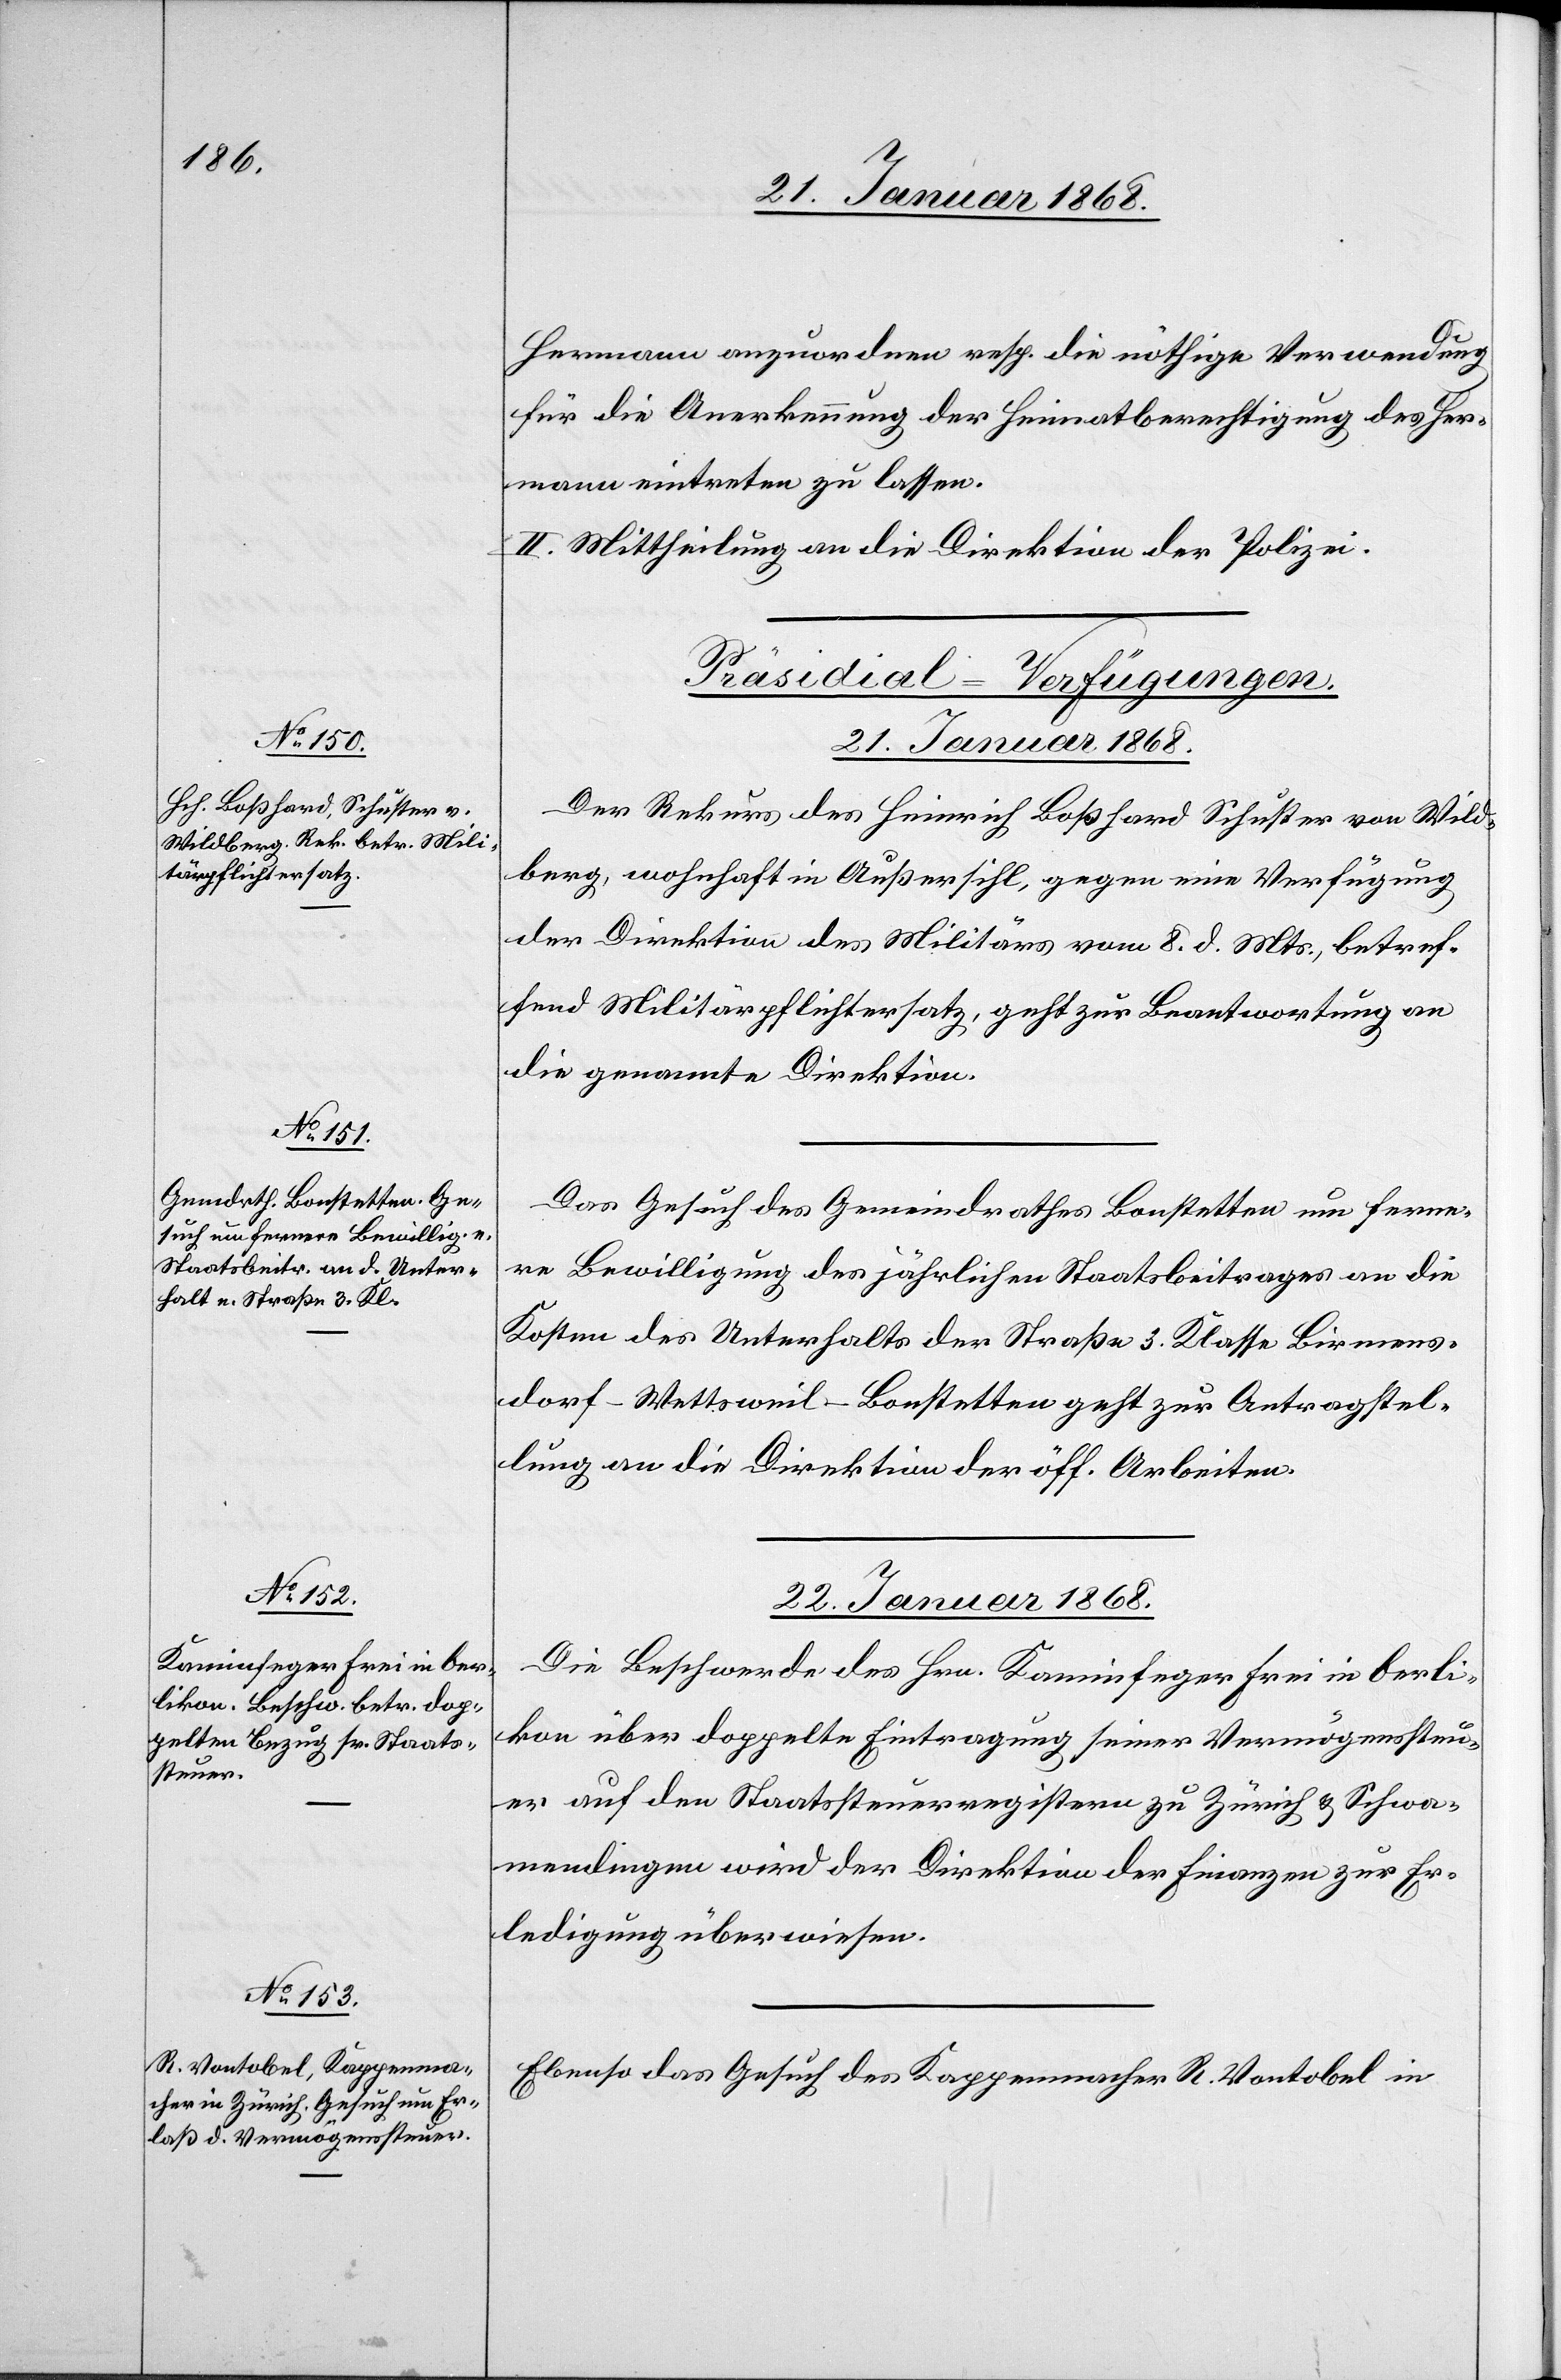
Hermann anzuordnen resp. die nöthige Verwendung
für die Anerkennung der Heimatberechtigung des Her¬
mann eintreten zu lassen.
II. Mittheilung an die Direktion der Polizei.
[Präsidial-Verfügungen.
21. Januar 1868.]
Der Rekurs des Heinrich Boßhard Schuster von Wild¬
berg, wohnhaft in Außersihl, gegen eine Verfügung
der Direktion des Militärs vom 8. d. Mts., betref¬
fend Militärpflichtersatz, geht zur Beantwortung an
die genannte Direktion.
Das Gesuch des Gemeindrathes Bonstetten um ferne¬
re Bewilligung des jährlichen Staatsbeitrages an die
Kosten des Unterhalts der Straße 3. Klasse Birmens¬
dorf-Wettsweil-Bonstetten geht zur Antragstel¬
lung an die Direktion der öff. Arbeiten.
22. Januar 1868.]
Die Beschwerde des Hrn. Kaminfeger Frei in Oerli¬
kon über doppelte Eintragung seiner Vermögenssteu¬
er auf den Staatssteuerregistern zu Zürich & Schwa¬
mendingen wird der Direktion der Finanzen zur Er¬
ledigung überwiesen.
Ebenso das Gesuch des Kappenmacher R. Vontobel in